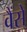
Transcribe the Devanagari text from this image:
वैंसे